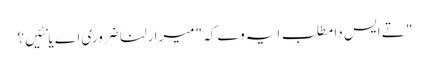
" تے ایس دا مطلب ایہ وے کہ "میرا رلنا ضروری اے یا نئیں؟